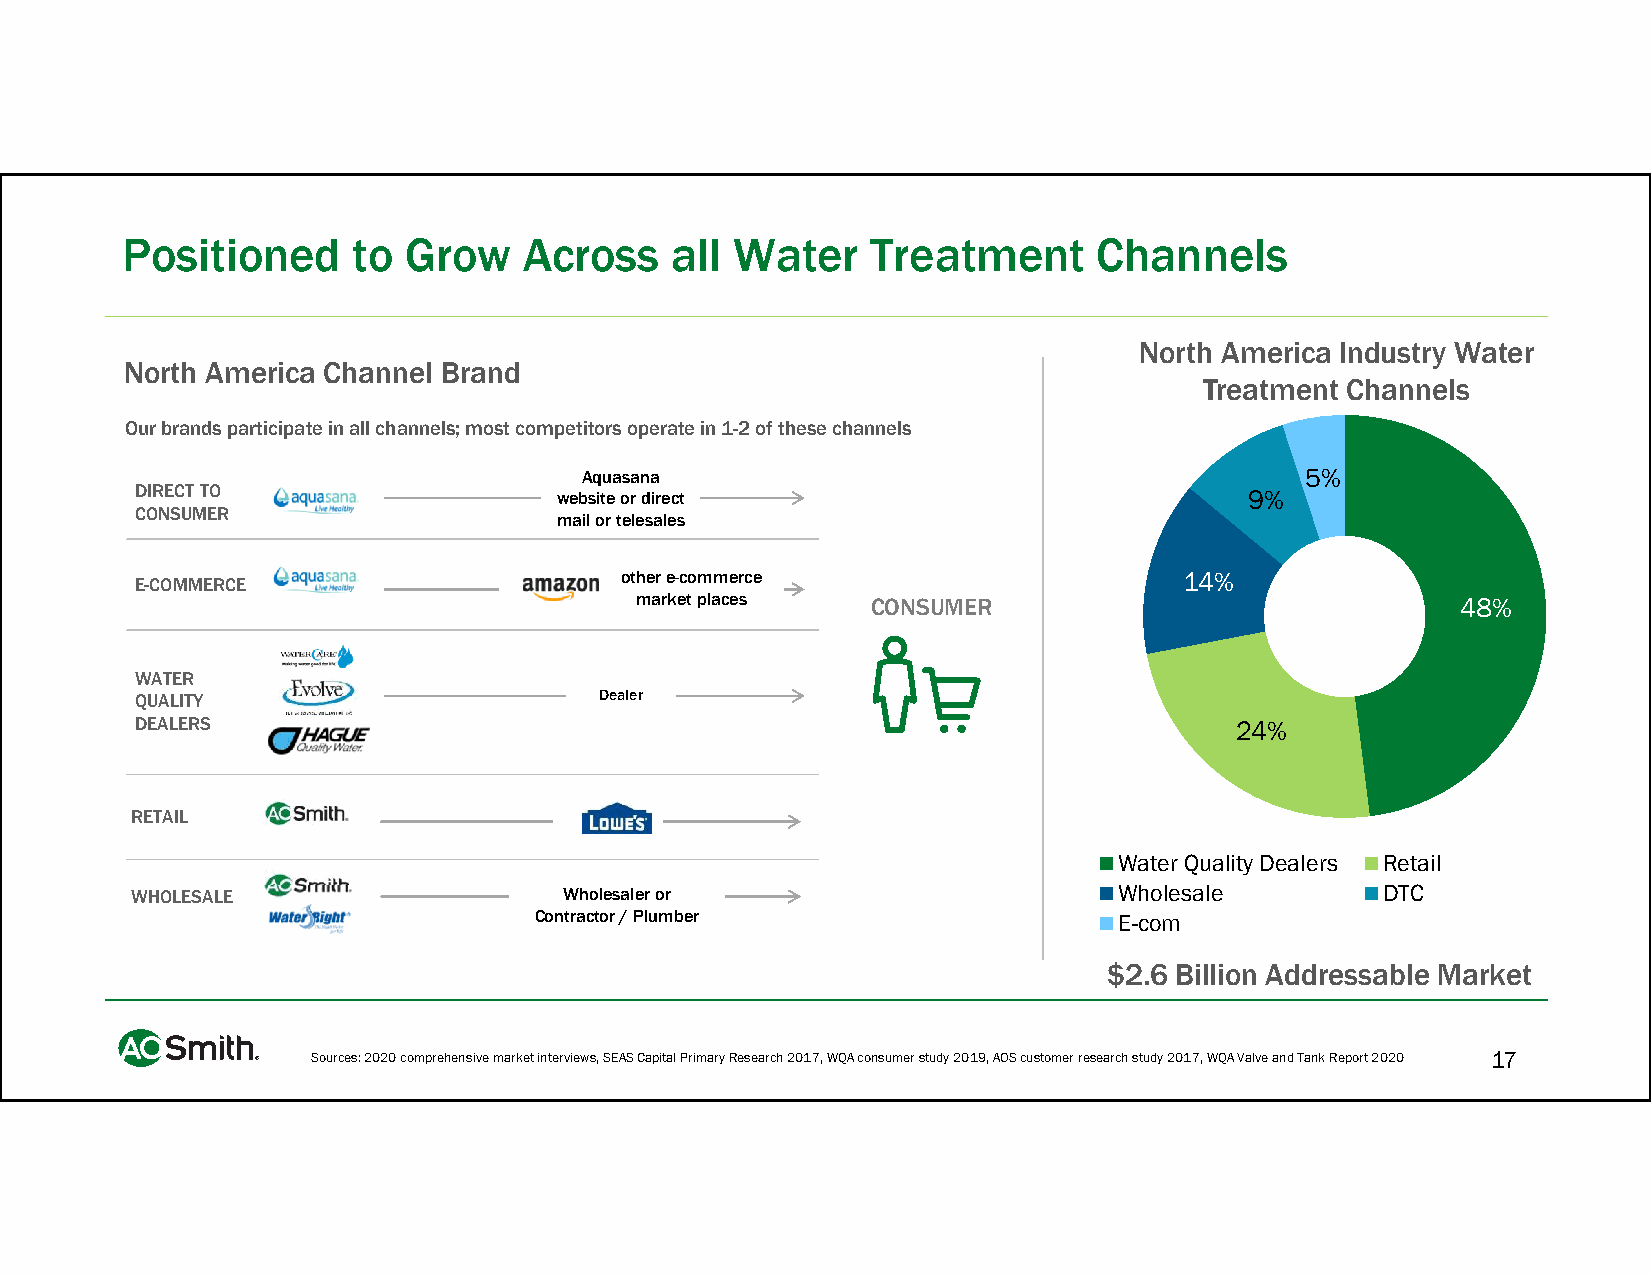
Positioned     to  Grow    Across   all  Water    Treatment      Channels
 North America Industry Water
 North America Channel Brand
 Treatment Channels
 Our brands participate in all channels; most competitors operate in 1-2 of these channels
 Aquasana                                       5%
 DIRECT TO                   website or direct                             9%
 CONSUMER
 mail or telesales
 other e-commerce                     14%
 E-COMMERCE
 market places   CONSUMER                               48%
 WATER
 QUALITY                        Dealer
 DEALERS                                                                  24%
 RETAIL
 Water Quality Dealers Retail
 WHOLESALE                   Wholesaler or                        Wholesale        DTC
 Contractor / Plumber                   E-com
 $2.6 Billion Addressable Market
 Sources: 2020 comprehensive market interviews, SEAS Capital Primary Research 2017, WQA consumer study 2019, AOS customer research study 2017, WQA Valve and Tank Report 2020 17